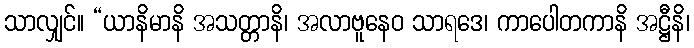
သာလျှင်။ “ယာနိမာနိ အသတ္တာနိ၊ အလာဗူနေဝ သာရဒေ၊ ကာပေါတကာနိ အဋ္ဌီနိ၊